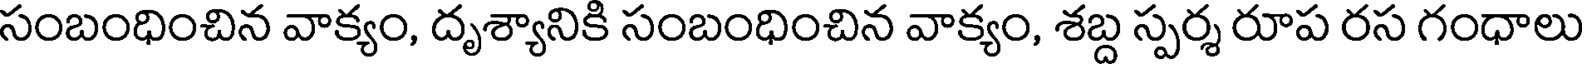
సంబంధించిన వాక్యం, దృశ్యానికి సంబంధించిన వాక్యం, శబ్ద స్పర్శ రూప రస గంధాలు